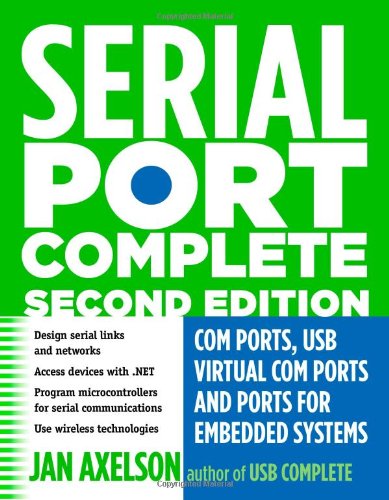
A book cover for Serial Port Complete: COM Ports, USB Virtual COM Ports, and Ports for Embedded Systems (Complete Guides series); Jan Axelson; Computers & Technology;